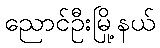
ညောင်ဦးမြို့နယ်